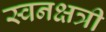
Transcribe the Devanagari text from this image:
स्वनक्षत्री